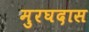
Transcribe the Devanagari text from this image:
मुरघदास